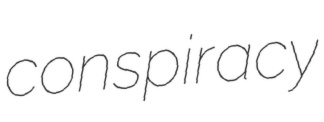
conspiracy